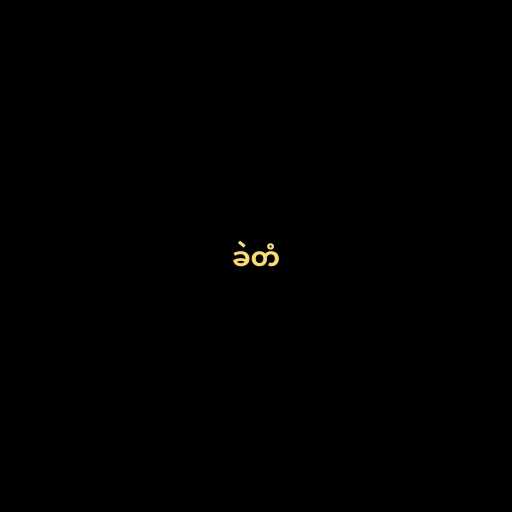
ခဲတံ